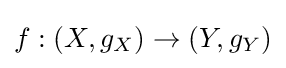
f:(X,g_{X})\to (Y,g_{Y})